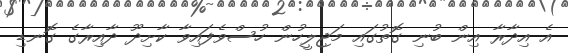
އެ އިދާރާ އިން ބުނި ގޮތުގައި މަޖިލީހުން ހުސްވެފައިވާ ކާށިދޫ ދާއިރާގެ ގޮނޑި